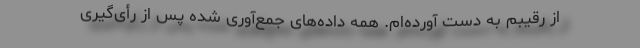
از رقیبم به دست آورده‌ام. همه داده‌های جمع‌آوری شده پس از رأی‌گیری